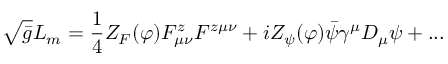
\sqrt { \bar { g } } { \cal { L } } _ { m } = \frac { 1 } { 4 } Z _ { F } ( \varphi ) F _ { \mu \nu } ^ { z } F ^ { z \mu \nu } + i Z _ { \psi } ( \varphi ) \bar { \psi } \gamma ^ { \mu } D _ { \mu } \psi + . . .